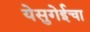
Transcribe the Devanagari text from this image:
येसुगेईचा